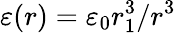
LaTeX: \varepsilon(r)=\varepsilon_{0}r_{1}^{3}/r^{3}